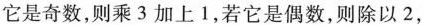
它是奇数，则乘3加上1，若它是偶数，则除以2，